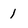
Character: 1